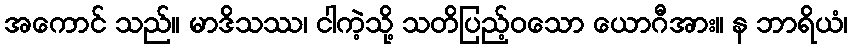
အကောင် သည်။ မာဒိသဿ၊ ငါကဲ့သို့ သတိပြည့်ဝသော ယောဂီအား။ န ဘာရိယံ၊